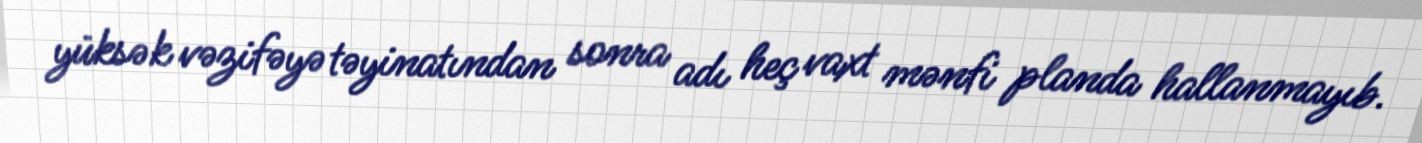
yüksək vəzifəyə təyinatından sonra adı heç vaxt mənfi planda hallanmayıb.